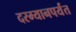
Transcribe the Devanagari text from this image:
दरम्यानपर्यंत